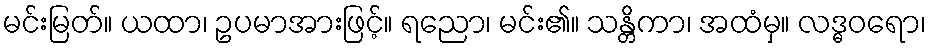
မင်းမြတ်။ ယထာ၊ ဥပမာအားဖြင့်။ ရညော၊ မင်း၏။ သန္တိကာ၊ အထံမှ။ လဒ္ဓဝရော၊